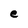
Character: e